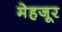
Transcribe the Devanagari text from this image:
मेहजूर